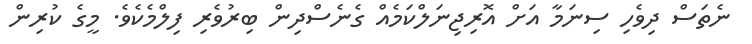
ނެތަސް ދިވެހި ސިނަމާ އަށް އޮރިޖިނަލްކަމެއް ގެނެސްދިން ބިރުވެރި ފިލްމެކެވެ. މީގެ ކުރިން